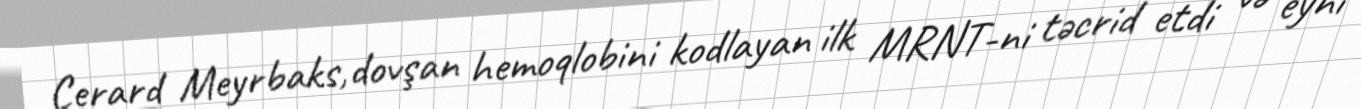
Cerard Meyrbaks,dovşan hemoqlobini kodlayan ilk MRNT-ni təcrid etdi və eyni